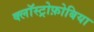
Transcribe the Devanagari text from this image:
क्लॉस्ट्रोफ़ोबिया